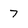
Character: 7